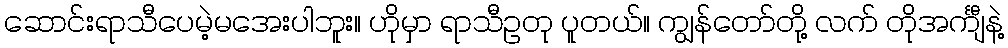
ဆောင်းရာသီပေမဲ့မအေးပါဘူး။ ဟိုမှာ ရာသီဥတု ပူတယ်။ ကျွန်တော်တို့ လက် တိုအင်္ကျီနဲ့